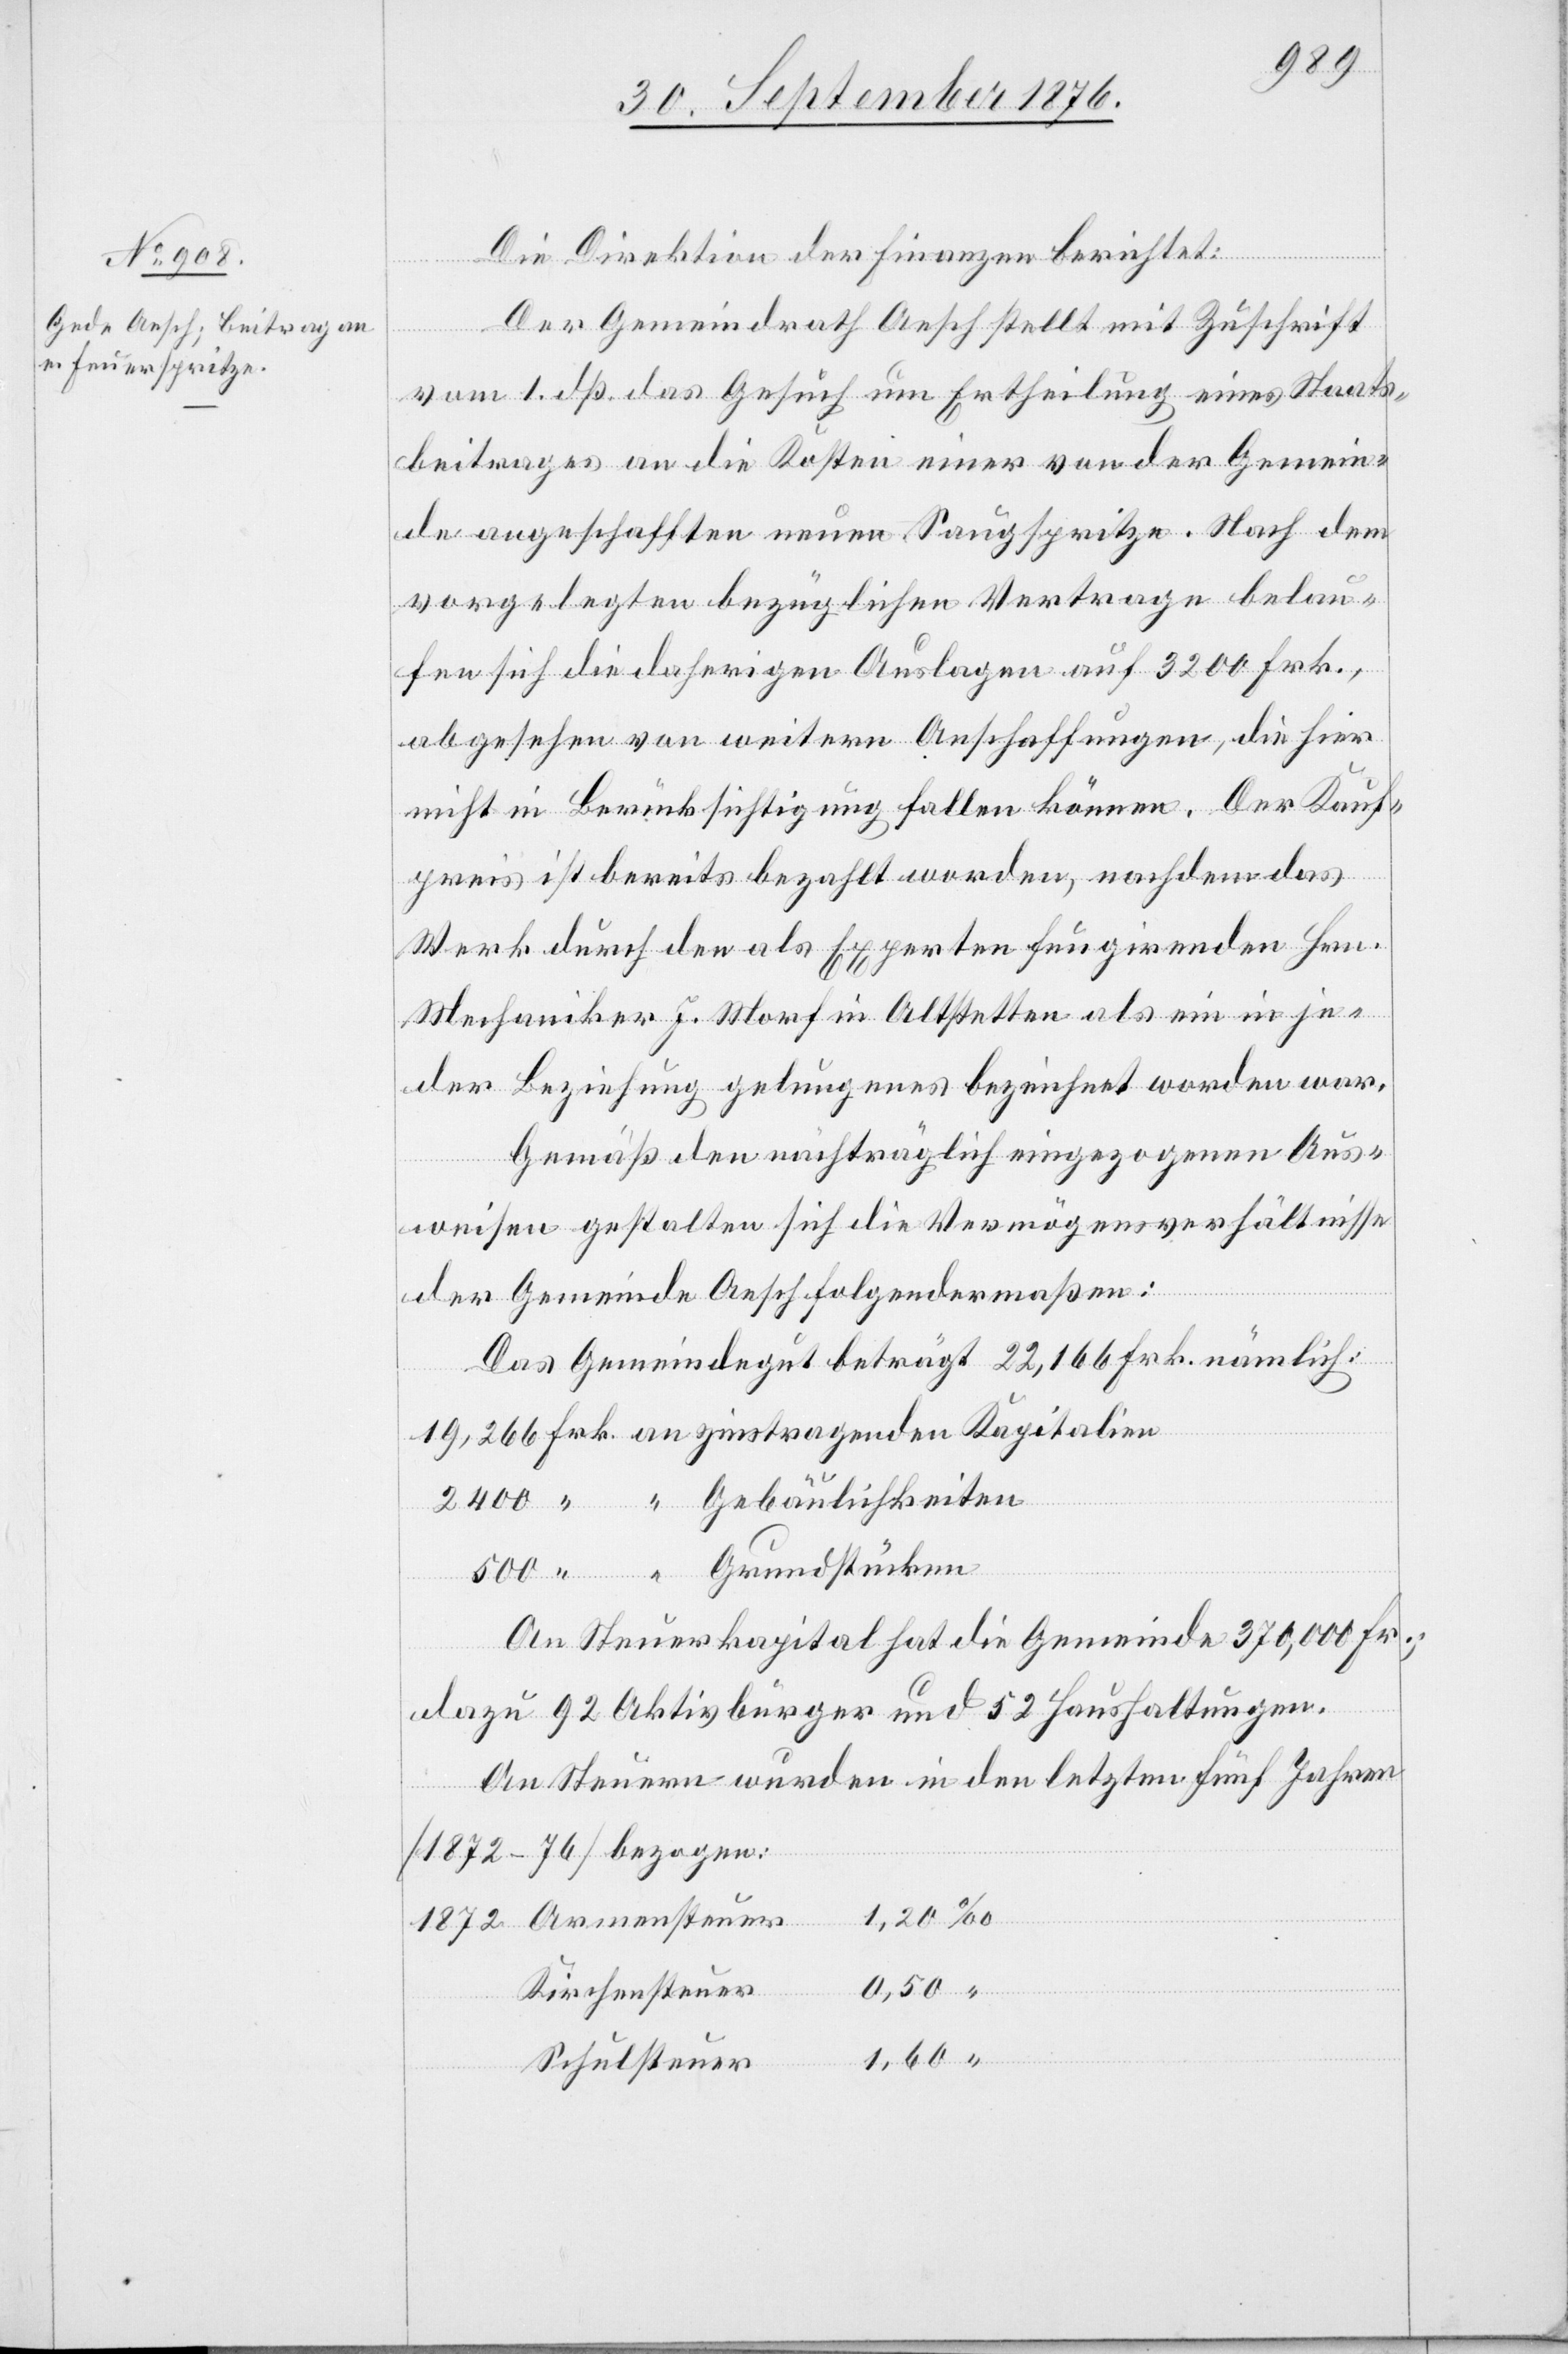
1872
Die Direktion der Finanzen berichtet:
Der Gemeindrath Aesch stellt mit Zuschrift
Armensteuer
vom 1. dß. das Gesuch um Ertheilung eines Staats¬
beitrages an die Kosten einer von der Gemein¬
de angeschafften neuen Saugspritze. Nach dem
vorgelegten bezüglichen Vertrage belau¬
fen sich die daherigen Auslagen auf 3200 Frk.,
abgesehen von weitern Anschaffungen, die hier
nicht in Berücksichtigung fallen können. Der Kauf¬
preis ist bereits bezahlt worden, nachdem das
Werk durch den als Experten fungirenden Hrn.
Mechaniker J. Morf in Altstetten als ein in je¬
der Beziehung gelungenes bezeichnet worden war.
Gemäß den nachträglich eingezogenen Aus¬
weisen gestalten sich die Vermögensverhältnisse
an
der Gemeinde Aesch folgendermaßen:
Das Gemeindegut beträgt 22,166 Frk. nämlich:
An Steuerkapital hat die Gemeinde 370,000 Fr.;
dazu 92 Aktivbürger und 52 Haushaltungen.
An Steuern wurden in den letzten fünf Jahren
[1872–76] bezogen:
“
0,50
Kirchensteuer
Schulsteuer